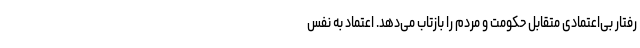
رفتار بی‌اعتمادی متقابل حکومت و مردم را بازتاب می‌دهد. اعتماد به نفس